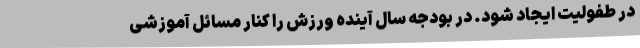
در طفولیت ایجاد شود. در بودجه سال آینده ورزش را کنار مسائل آموزشی